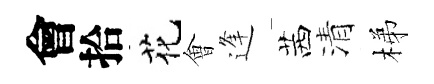
會拾花㑹逢茜清梯